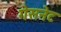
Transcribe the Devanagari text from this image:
गेसनेट